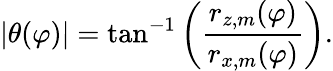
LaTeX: |\theta(\varphi)|=\tan^{-1}\left(\frac{r_{z,m}(\varphi)}{r_{x,m}(\varphi)}\right).